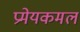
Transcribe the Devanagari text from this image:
प्रमेयकमल